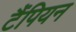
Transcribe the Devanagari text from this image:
टैंपियन